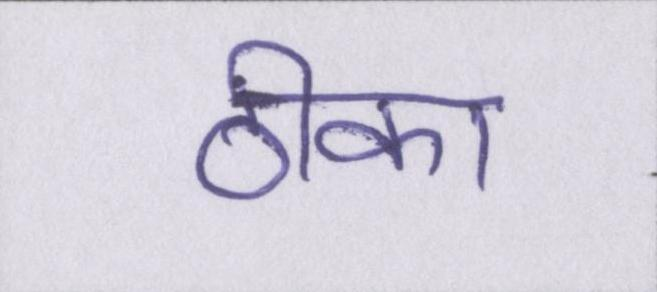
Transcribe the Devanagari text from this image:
ठीका